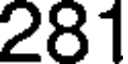
281